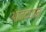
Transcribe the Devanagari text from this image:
आनंदधाम